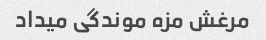
مرغش مزه موندگی میداد